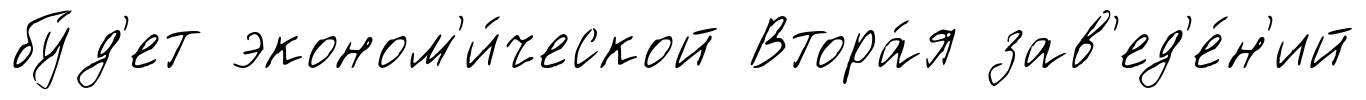
бу́д'ет эконом'и́ческой Втора́я зав'ед'е́н'ий